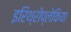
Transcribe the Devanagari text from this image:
इरिथ्रोप्लेकिया